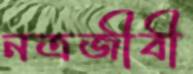
নত্রজীবী